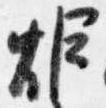
炬